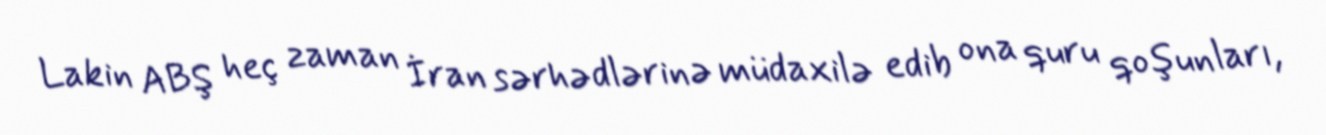
Lakin ABŞ heç zaman İran sərhədlərinə müdaxilə edib ona quru qoşunları,